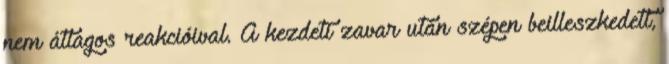
nem átlagos reakcióival. A kezdeti zavar után szépen beilleszkedett,